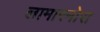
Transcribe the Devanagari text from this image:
लामारमोरा